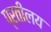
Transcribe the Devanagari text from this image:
प्रतीलय